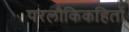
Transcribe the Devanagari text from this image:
परलौकिकहितों